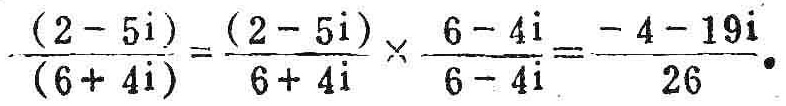
\(\frac{(2 - 5\mathrm{i})}{(6 + 4\mathrm{i})}=\frac{(2 - 5\mathrm{i})}{6 + 4\mathrm{i}}\times\frac{6 - 4\mathrm{i}}{6 - 4\mathrm{i}}=\frac{- 4 - 19\mathrm{i}}{26}\)